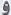
و